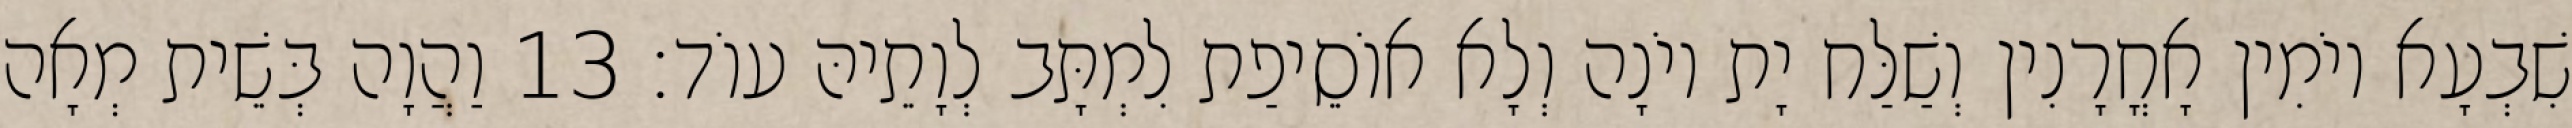
שִׁבְעָא יוֹמִין אָחֳרָנִין וְשַׁלַּח יָת יוֹנָה וְלָא אוֹסֵיפַת לִמְתָּב לְוָתֵיהּ עוֹד׃ 13 וַהֲוָה בְּשֵׁית מְאָה